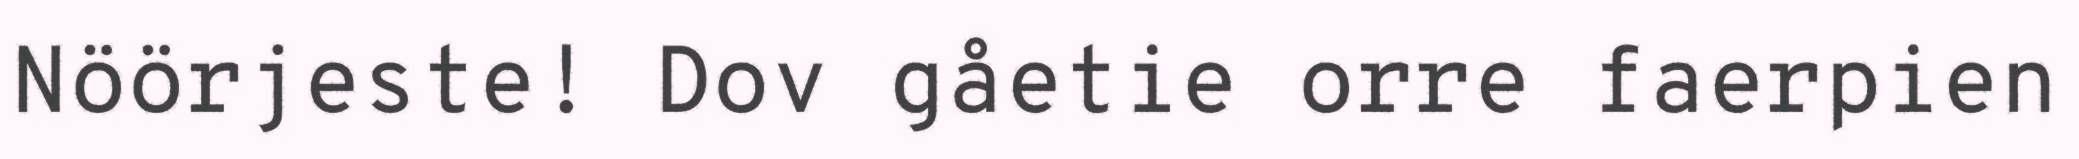
Nöörjeste! Dov gåetie orre faerpien